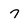
Character: 7